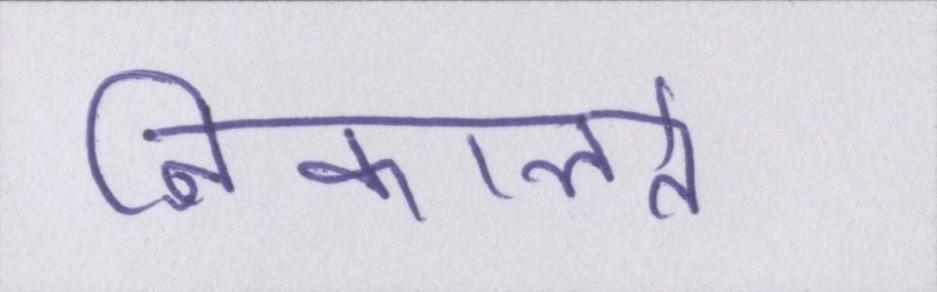
निकालते